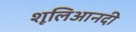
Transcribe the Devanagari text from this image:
शूलिआनदी